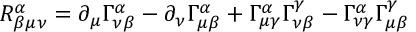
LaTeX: R _ { \beta \mu \nu } ^ { \alpha } = \partial _ { \mu } \Gamma _ { \nu \beta } ^ { \alpha } - \partial _ { \nu } \Gamma _ { \mu \beta } ^ { \alpha } + \Gamma _ { \mu \gamma } ^ { \alpha } \Gamma _ { \nu \beta } ^ { \gamma } - \Gamma _ { \nu \gamma } ^ { \alpha } \Gamma _ { \mu \beta } ^ { \gamma }